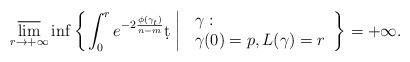
LaTeX: \begin{align*}\varlimsup_{r\to+\infty}\inf\left\{\left. \int_0^re^{-2\frac{\phi(\gamma_t)}{n-m}}\d t\;\right| \left.\begin{array}{ll}&\!\!\!\!\gamma:\\&\!\!\!\!{\gamma}(0)=p, L(\gamma)=r\end{array}\right.\right\}=+\infty.\end{align*}